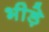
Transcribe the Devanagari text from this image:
भीड़े